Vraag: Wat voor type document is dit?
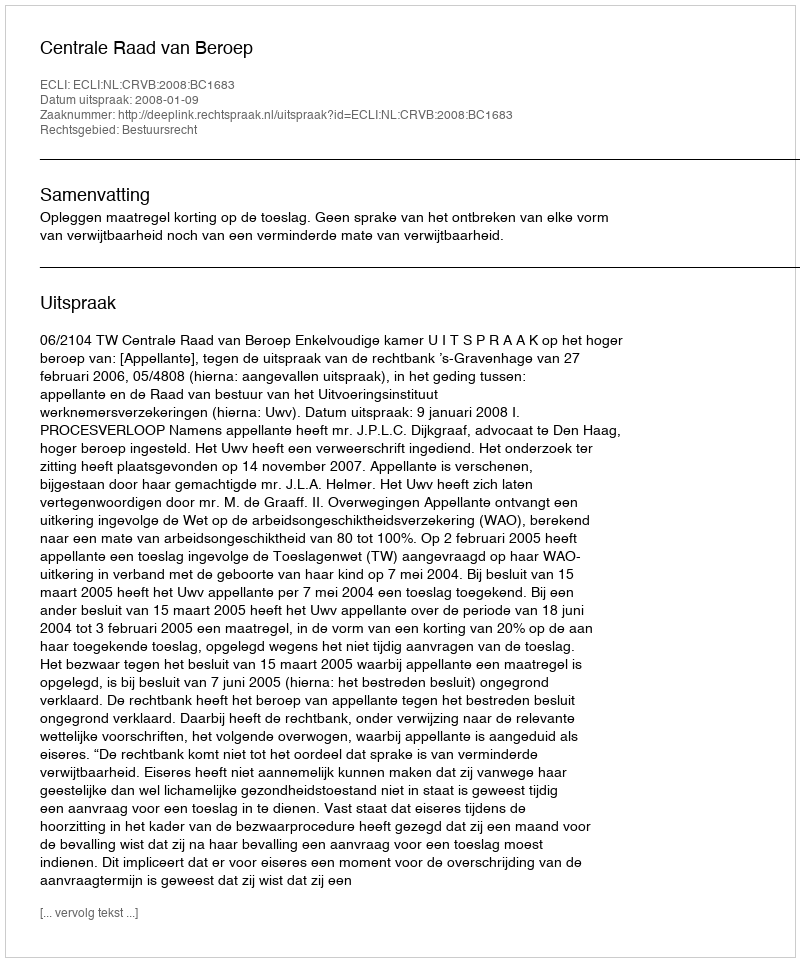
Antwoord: Uitspraak